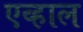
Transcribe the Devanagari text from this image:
एव्हाल